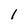
Character: 1